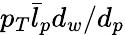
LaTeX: p_{T}\bar{l}_{p}d_{w}/d_{p}